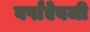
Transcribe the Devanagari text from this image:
वर्षांऐवजी